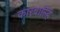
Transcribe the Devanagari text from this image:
कारवाल्हि